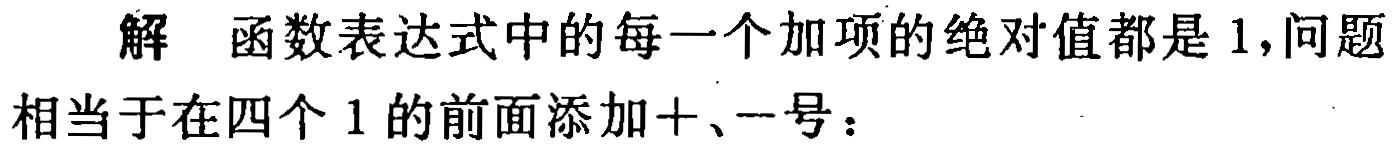
解 函数表达式中的每一个加项的绝对值都是 1,问题相当于在四个 1 的前面添加+、-号：